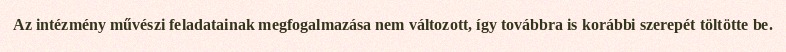
Az intézmény művészi feladatainak megfogalmazása nem változott, így továbbra is korábbi szerepét töltötte be.